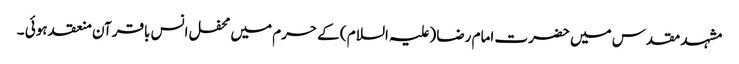
مشہد مقدس میں حضرت امام رضا (علیہ السلام ) کے حرم میں محفل انس باقرآن منعقد ہوئی ۔